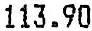
113.90